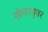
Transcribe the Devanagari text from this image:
खेळाडूवर